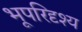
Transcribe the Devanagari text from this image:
भूपरिदृश्य